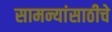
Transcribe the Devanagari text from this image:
सामन्यांसाठीचे